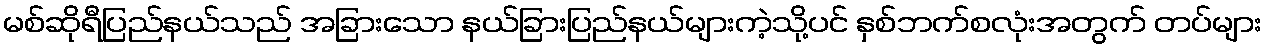
မစ်ဆိုရီပြည်နယ်သည် အခြားသော နယ်ခြားပြည်နယ်များကဲ့သို့ပင် နှစ်ဘက်စလုံးအတွက် တပ်များ